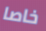
خاصا